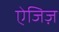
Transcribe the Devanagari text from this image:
ऐजिज़